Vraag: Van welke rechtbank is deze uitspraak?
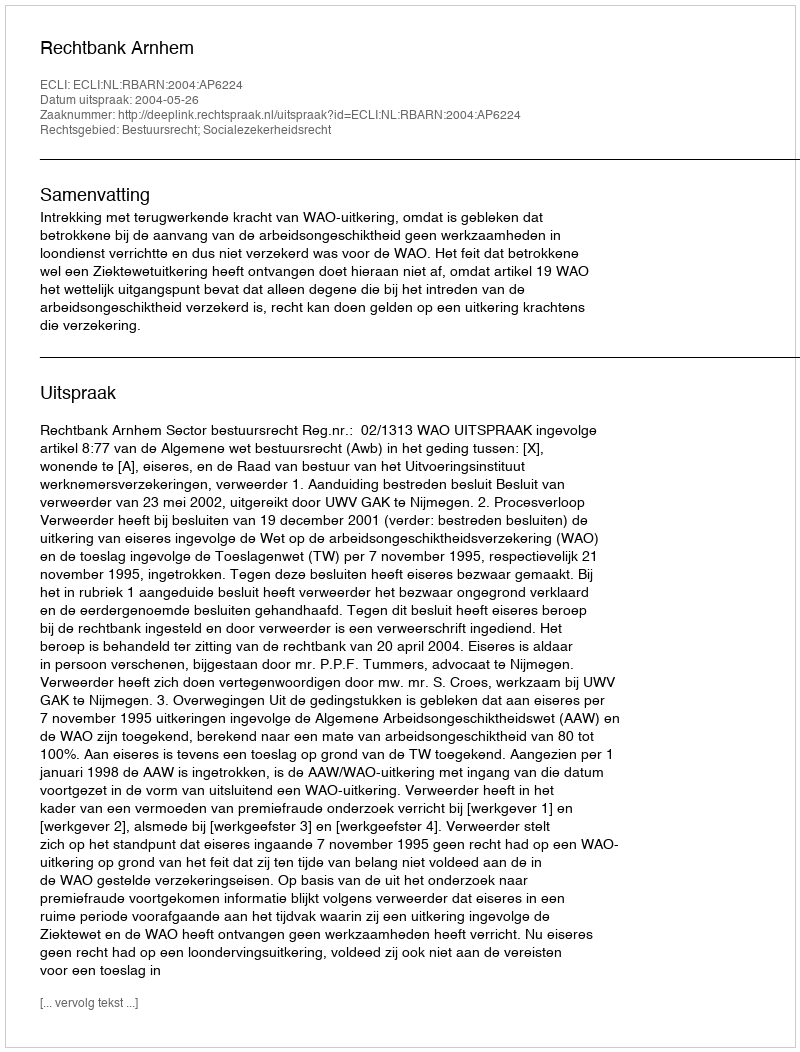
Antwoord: Rechtbank Arnhem